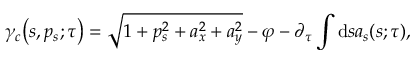
\gamma _ { c } { \left( s , p _ { s } ; \tau \right) } = { \sqrt { 1 + p _ { s } ^ { 2 } + a _ { x } ^ { 2 } + a _ { y } ^ { 2 } } } - \varphi - \partial _ { \tau } \int \mathrm { d } s a _ { s } { \left( s ; \tau \right) } ,